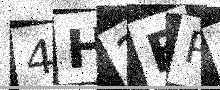
Text: 4H2BR5